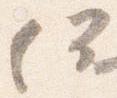
何